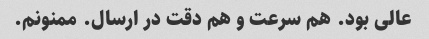
عالی بود. هم سرعت و هم دقت در ارسال. ممنونم.